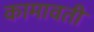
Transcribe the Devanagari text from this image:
कामावती